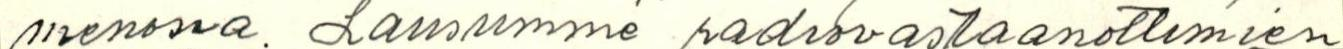
menossa. Lausumme radiovastaanottimien